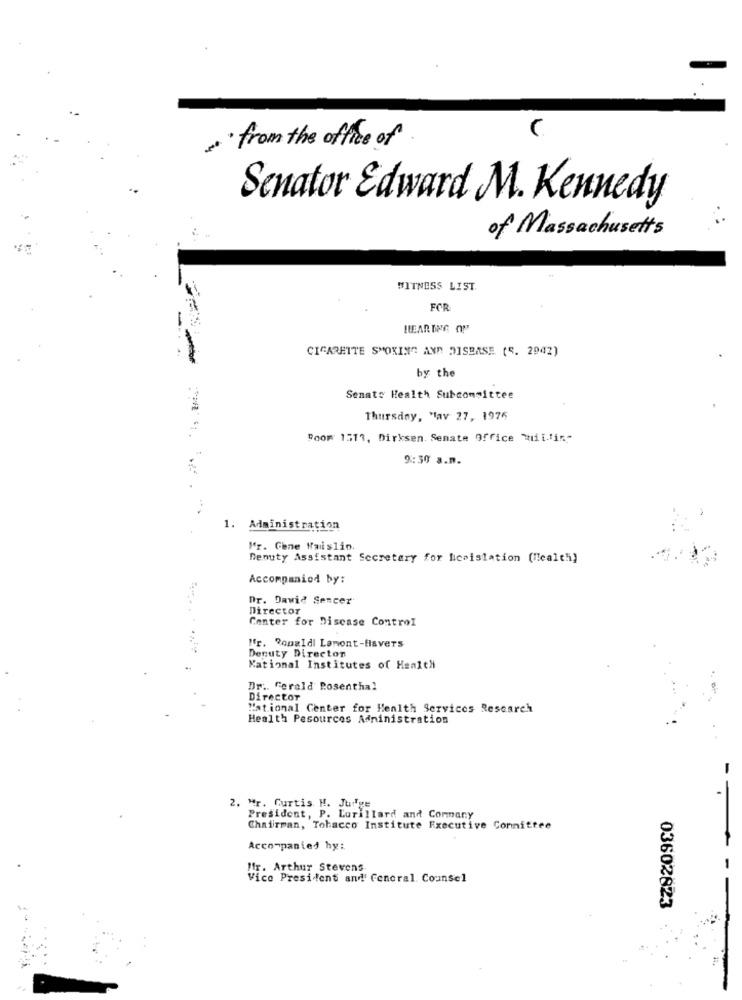
~ from the office of
Senator Edward M. Kennedy
of Massachusetts
WITNESS LIST
FOR
HEARING ON
CIGARETTE SMOKING AND DISEASE (S. 2942)
by the
Senato Health Subcommittee
Thursday, May 27, 1976
Poow 1517, Dirksen. Senate Office Mit.lin"
9:30 a.m.
1. Administration
Mr. Gene Naislin.
Denuty Assistant Secretary for Nicaislation (Health)
Accompanied by:
Dr. Dawid Sencer
Director
Center for Disease Control
"r. Ronaldi Lamont-fisvers
Deputy Director
National Institutes of Health
Dr. Gerald Rosenthal
Director
National Center for Health Services Research
Health Pesources Administration
2. Mr. Curtis H. Julge
President, P. Lorillard and Company
Chairman, Tobacco Institute Executive Committee
Accompanied hy:
!F. Arthur Stevens
Vice President and' General Counsel
03602823